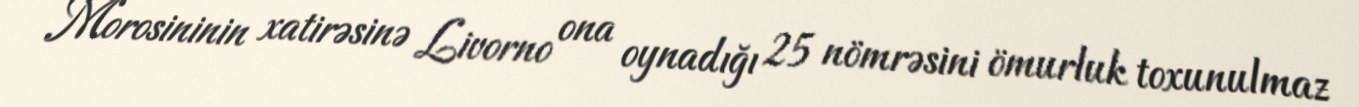
Morosininin xatirəsinə Livorno ona oynadığı 25 nömrəsini ömurluk toxunulmaz